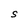
Character: S